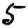
Digit: 5